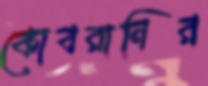
কোবরানির